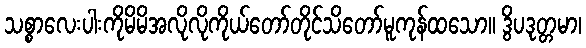
သစ္စာလေးပါးကိုမိမိအလိုလိုကိုယ်တော်တိုင်သိတော်မူကုန်ထသော။ ဒွိပဒုတ္တမာ၊